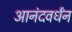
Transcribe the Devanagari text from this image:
आनंदवर्धंन